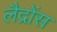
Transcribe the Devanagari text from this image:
लैद्रोंस